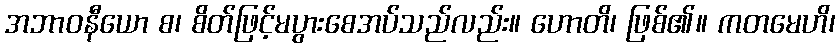
အဘာဝနီယော စ၊ စိတ်ဖြင့်မပွားစေအပ်သည်လည်း။ ဟောတိ၊ ဖြစ်၏။ ကတမေဟိ၊